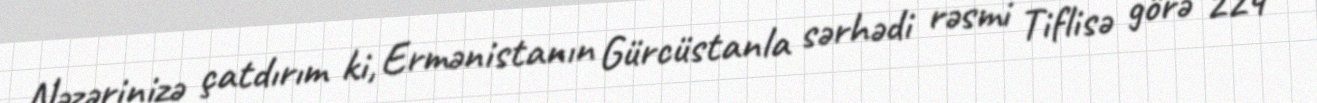
Nəzərinizə çatdırım ki, Ermənistanın Gürcüstanla sərhədi rəsmi Tiflisə görə 224